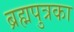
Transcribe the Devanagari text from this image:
ब्रह्मपुत्रका